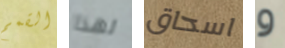
القمم لهذا اسحاق و